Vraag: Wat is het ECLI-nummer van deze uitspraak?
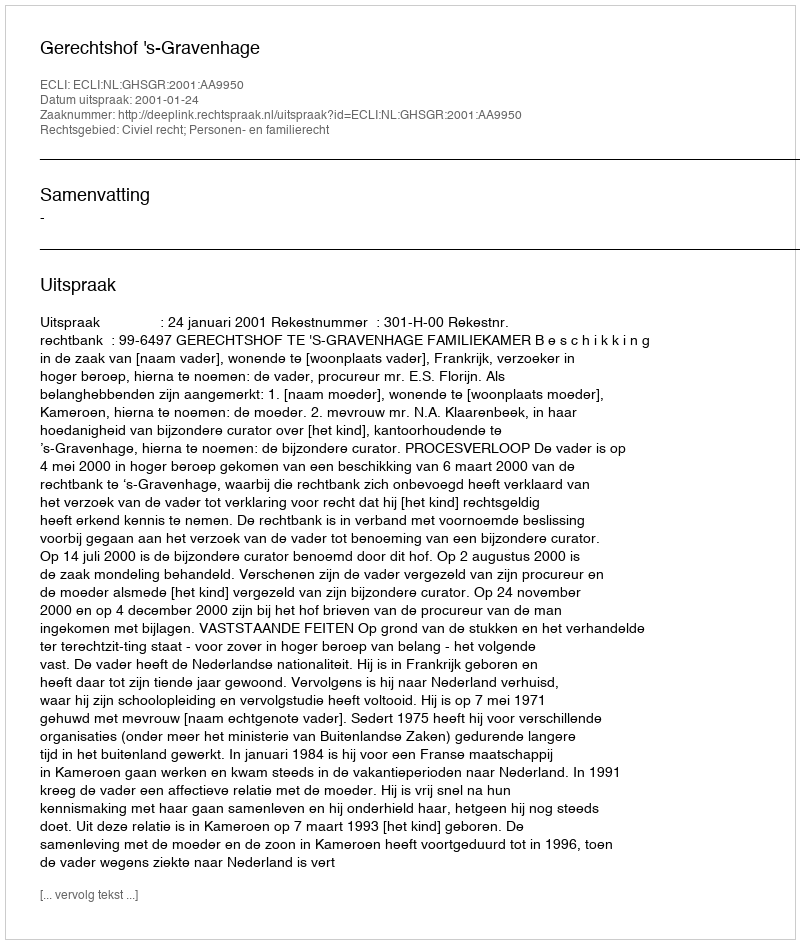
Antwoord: ECLI:NL:GHSGR:2001:AA9950